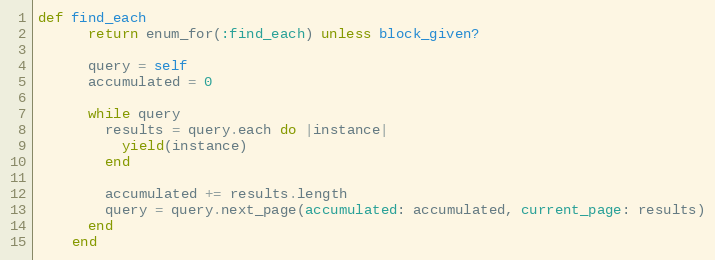
Language: Ruby
def find_each
      return enum_for(:find_each) unless block_given?

      query = self
      accumulated = 0

      while query
        results = query.each do |instance|
          yield(instance)
        end

        accumulated += results.length
        query = query.next_page(accumulated: accumulated, current_page: results)
      end
    end